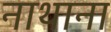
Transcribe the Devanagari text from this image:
नाथाना